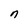
Character: n